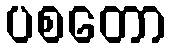
ပစတော